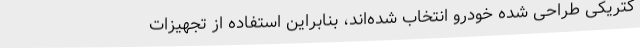
کتریکی طراحی شده خودرو انتخاب شده‌اند، بنابراین استفاده از تجهیزات